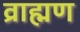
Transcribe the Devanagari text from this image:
व्राह्मण